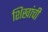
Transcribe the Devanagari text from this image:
शिखांची